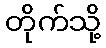
တိုက်သို့